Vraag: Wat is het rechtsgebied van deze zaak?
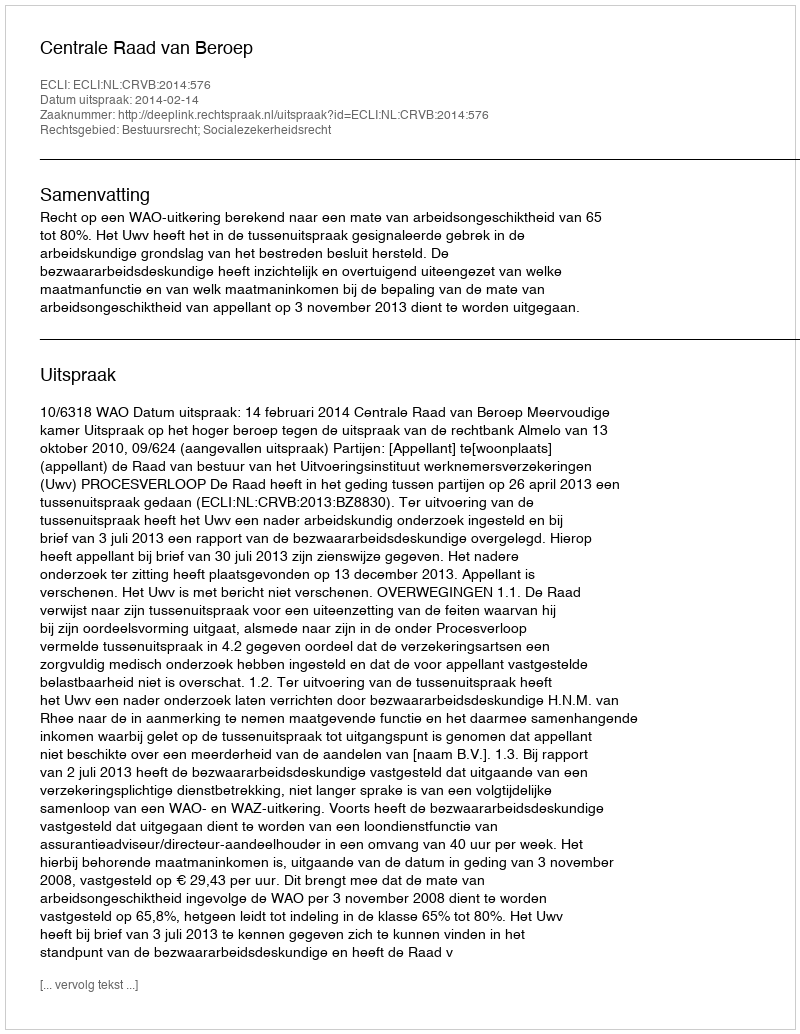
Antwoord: Bestuursrecht; Socialezekerheidsrecht